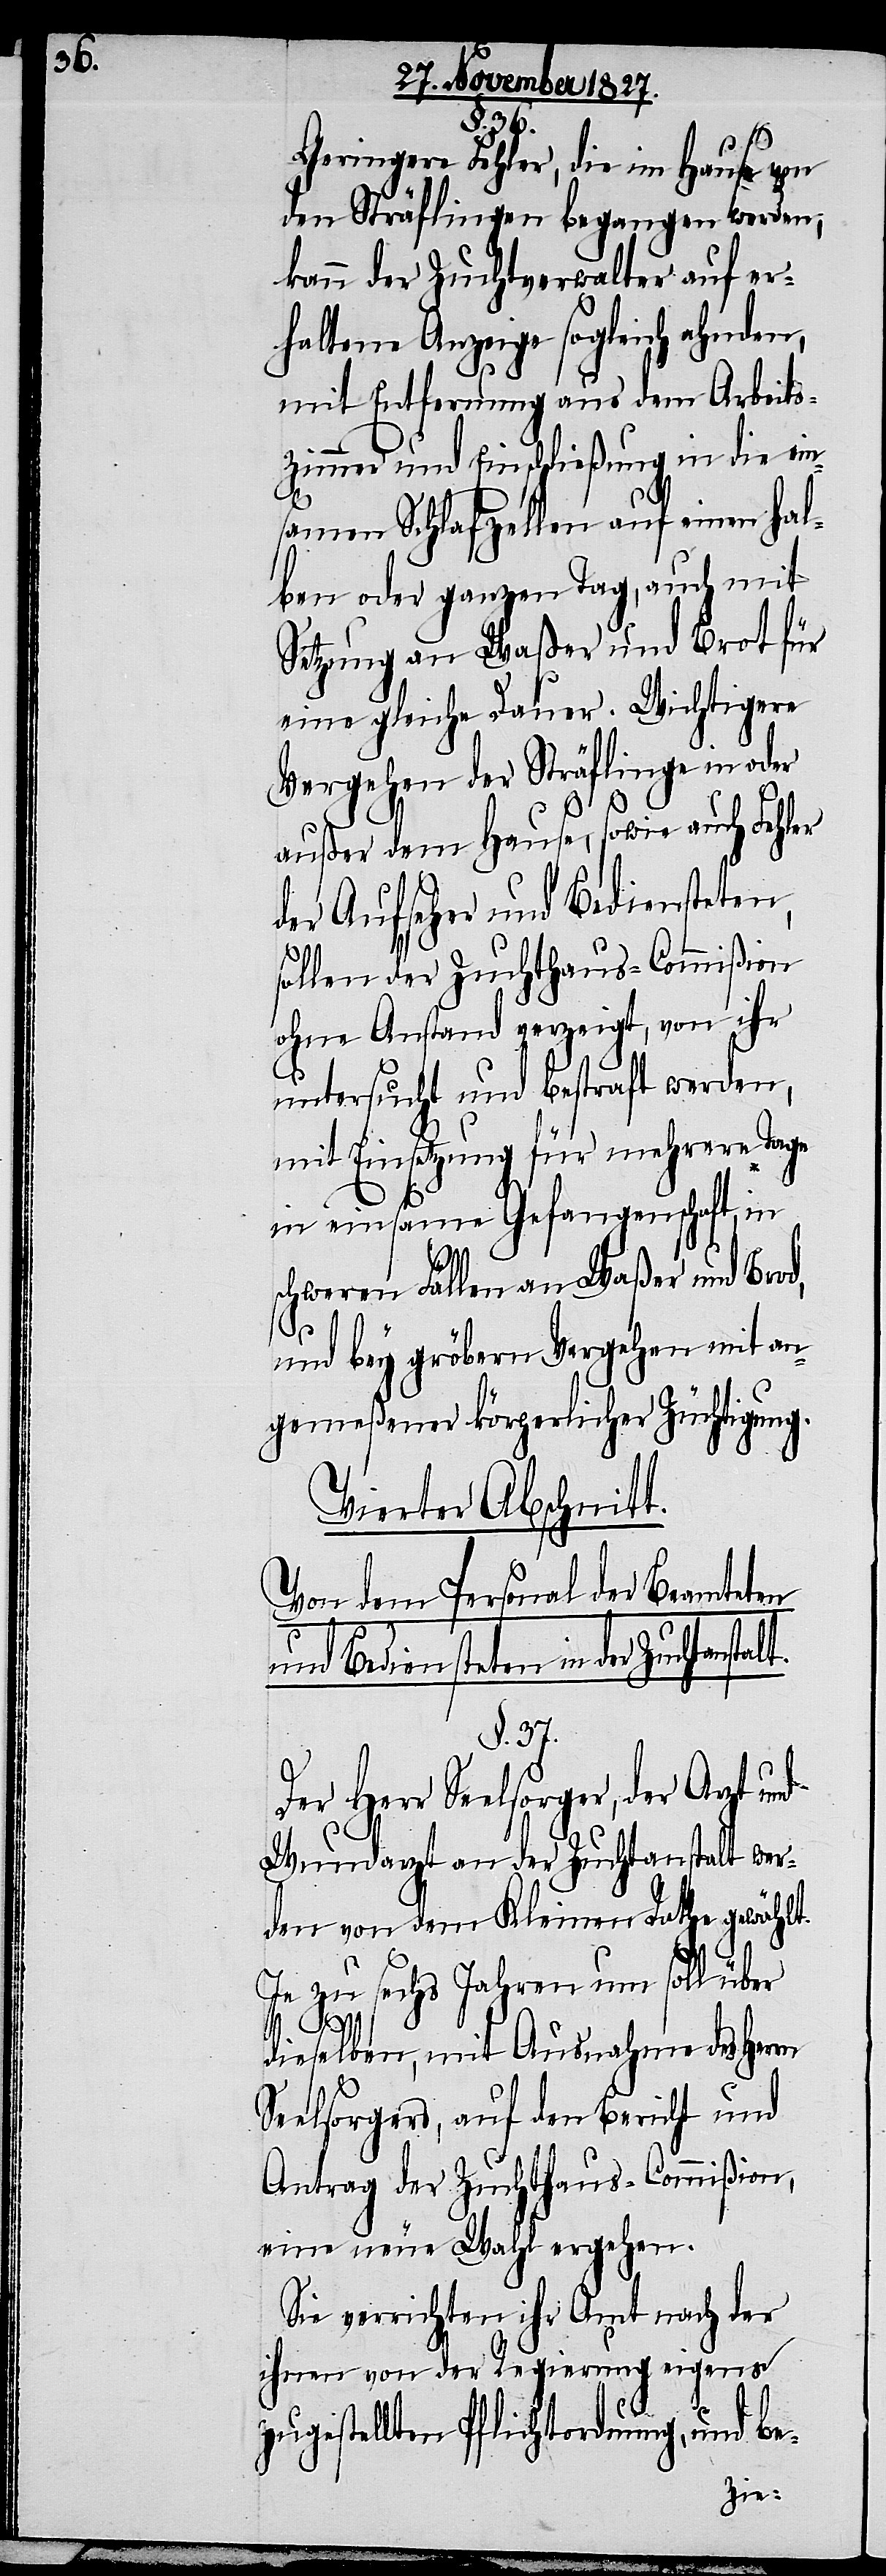
§. 36.
Geringere Fehler, die im Hause von
den Sträflingen begangen werden;
kann der Zuchtverwalter auf er¬
haltene Anzeige sogleich ahnden,
mit Entfernung aus dem Arbeits¬
zimmer und Einschließung in die ein¬
samen Schlafzellen auf einen hal¬
ben oder ganzen Tag, auch mit
Sitzung an Waßer und Brot für
eine gleiche Dauer. Wichtigere
Vergehen der Sträflinge in oder
außer dem Hause, sowie auch Fehler
der Aufseher und Bediensteten,
sollen der Zuchthaus-Commißion
ohne Anstand gezeigt, von ihr
untersucht und bestraft werden,
mit Einsetzung für mehrere Tage
in einsame Gefangenschaft, in
schweren Fällen an Waßer und Brod,
und bey gröbern Vergehen mit an¬
gemeßener körperlicher Züchtigung.
Vierter Abschnitt.
Von dem Personal der Beamteten
und Bediensteten in der Zuchtanst¬
§. 37.
Der Herr Seelsorger, der Arzt und
Wundarzt an der Zuchtanstalt wer¬
den von dem Kleinen Rathe gewählt.
Je zu sechs Jahren um soll über
dieselben, mit Ausnahme des Herrn
Seelsorgers, auf den Bericht und
Antrag der Zuchthaus-Commißion,
eine neue Wahl ergehen.
Sie verrichten ihr Amt nach der
ihnen von der Regierung eigens
alt.
zugestellten Pflichtordnung, und be-